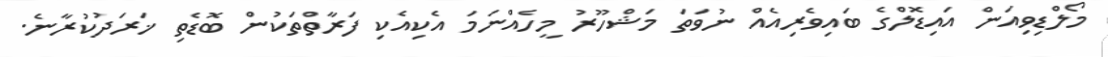
މޯލްޑިވިއަން އައިޑޮލްގެ ބައިވެރިއެއް ނުވަތަ މަޝްހޫރު މީހެއްނަމަ އެކިއެކި ފަރާތްތަކުން ބޮޑެތި ޚަރަދުކުރާނެ.